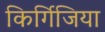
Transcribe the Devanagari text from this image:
किर्गिजिया